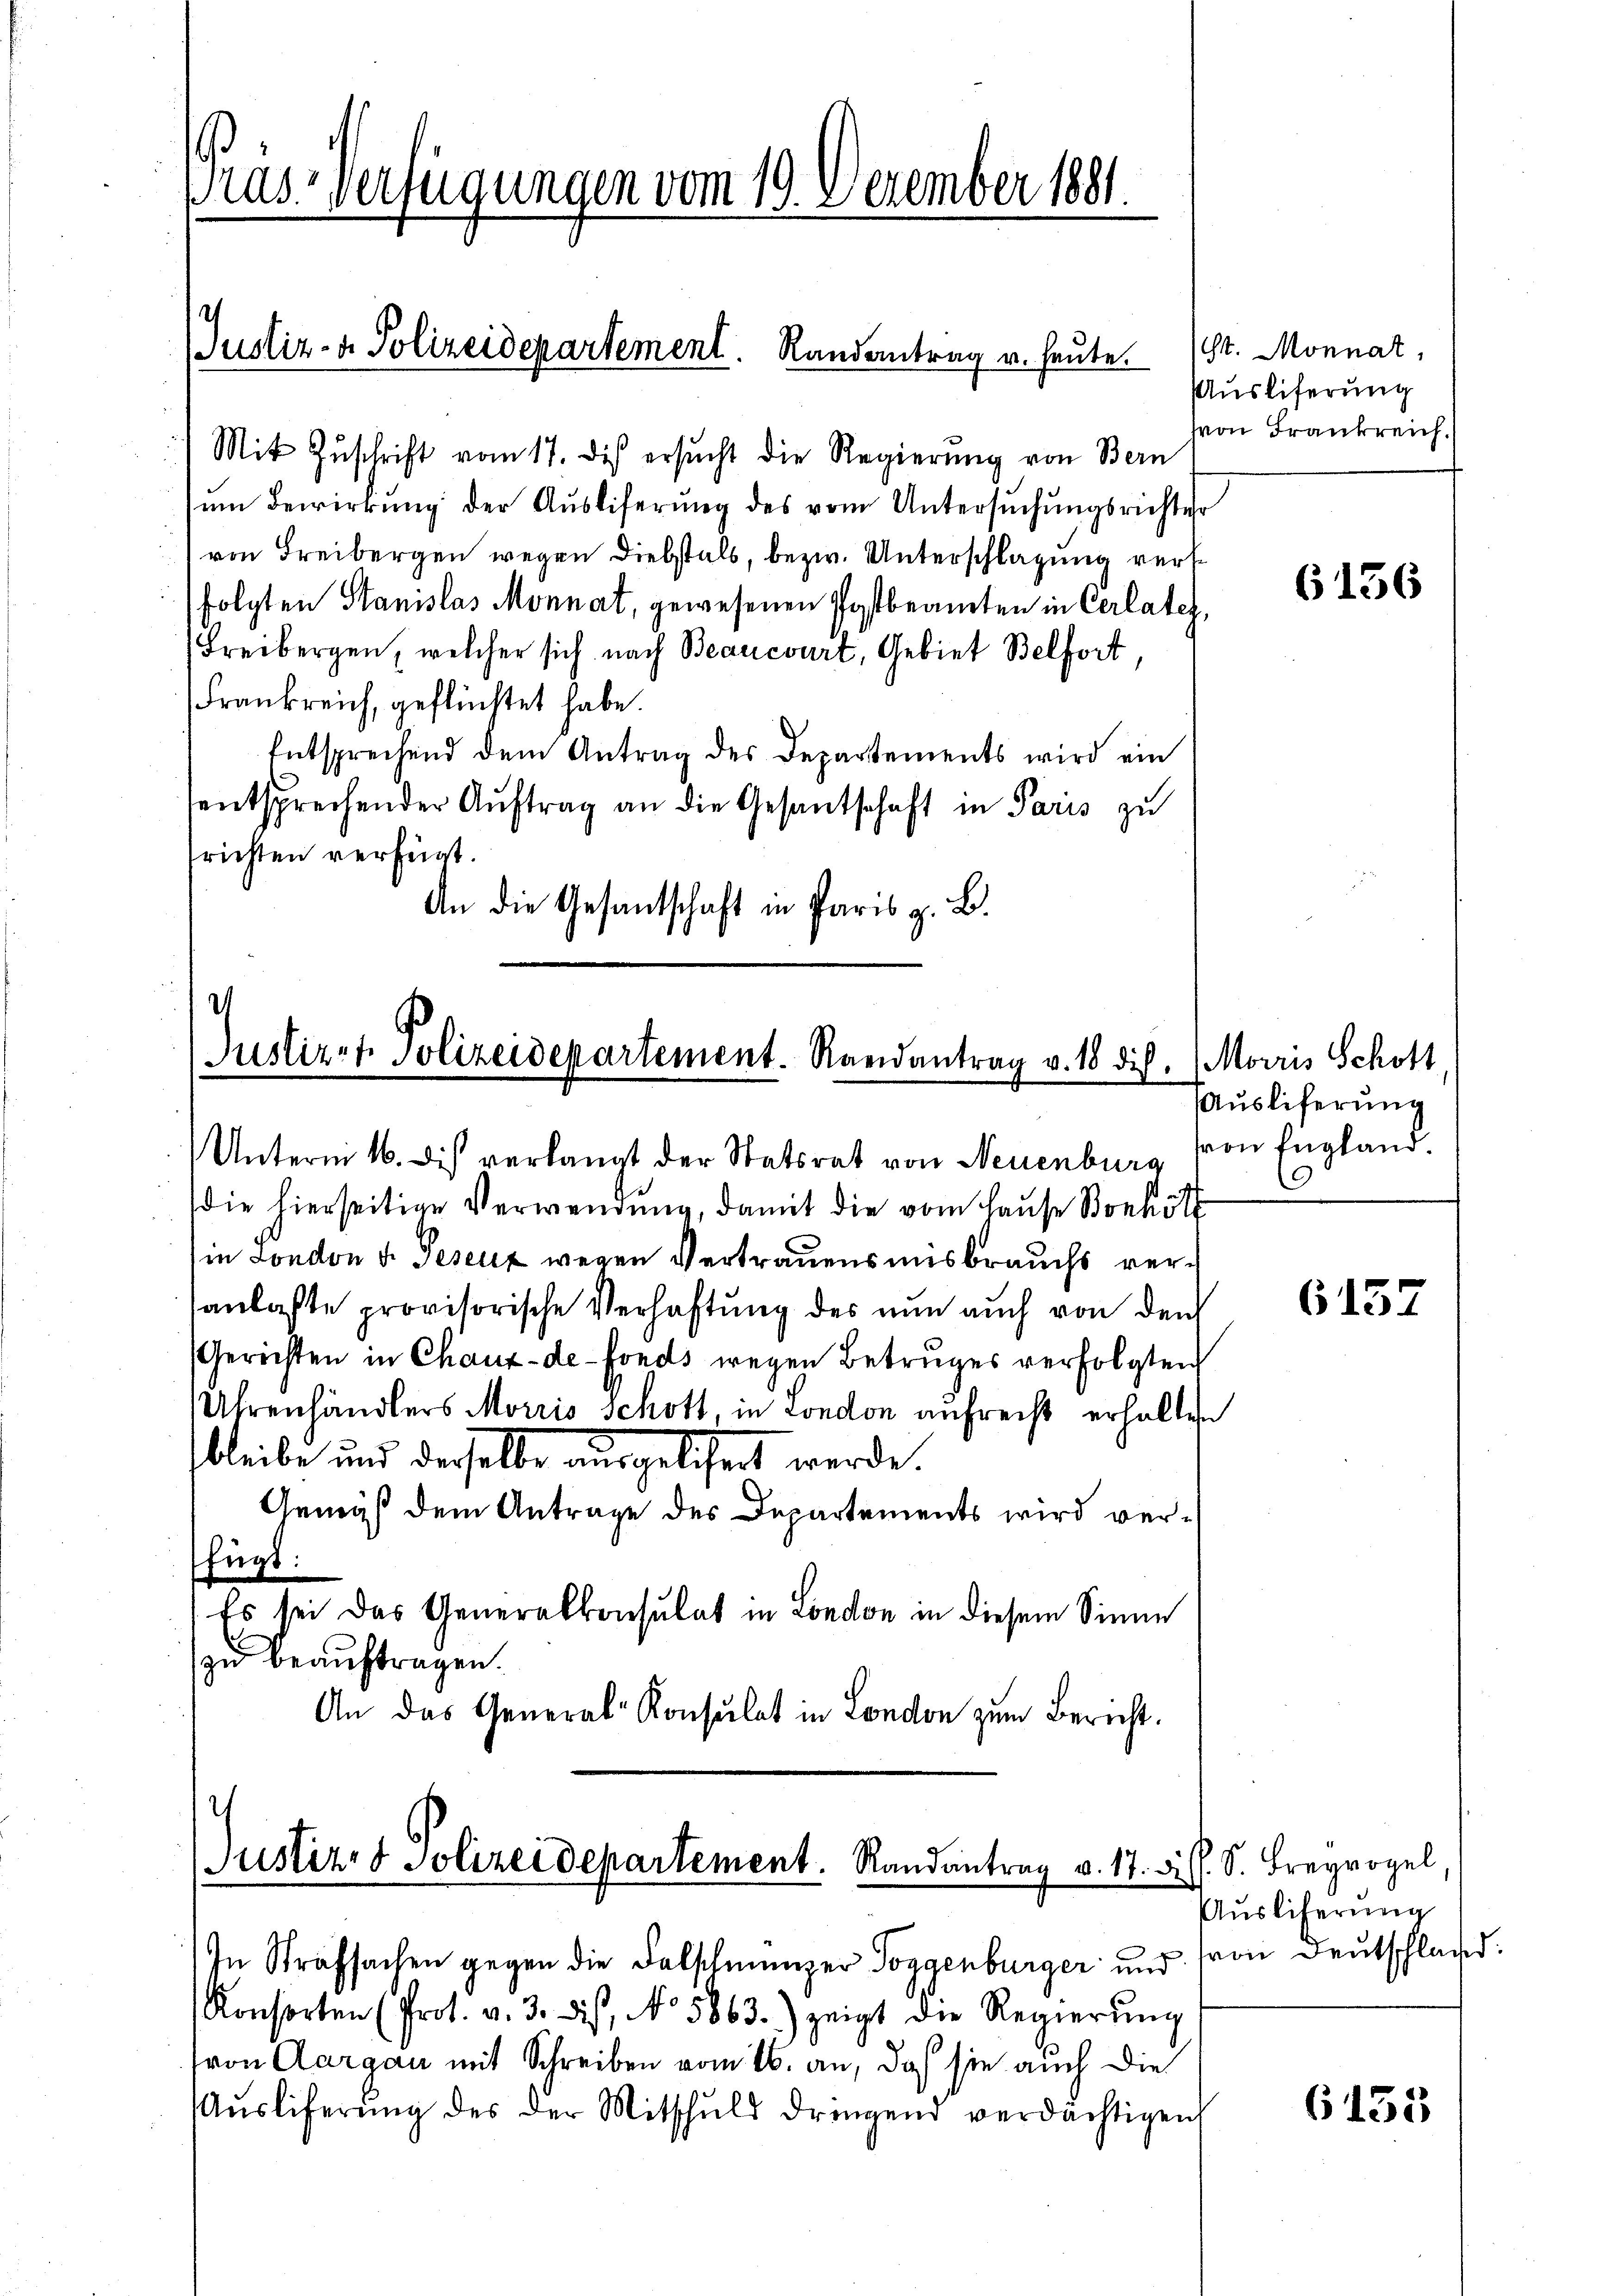
Pras-Verfügungen vom 19. Dezember 1881.

Mit Zuschrift vom 17. Dies ersucht die Regierung von Bern
um Bewirkung der Auslieferung des vom Untersuchungsrichter
von Freibergen wegen Diebstals, bezw. Unterschlagung versfolgten Stanislas Monnat, gewesenen Postbeamten in Cerlates,
Freibergen, welcher sich nach Beaucourt, Gebiet Belfort,
Frankreich, geflüchtet habe.
Entsprechend dem Antrag des Departements wird ein
entsprechender Auftrag an die Gesantschaft in Paris zu
srichten verfügt.
An die Gesandtschaft in Paris z. B.

Justiz- & Polizeidepartement. Randantrag u. heute.

d
Justiz- & Polizeidepartement. Randantrag v. 18 die. (Morris Schott

Justiz- & Polizeidepartement. Randantrag v. 17. Diss. S. Freyvogel
In Strafsachen gegen die Falschmünzer Toggenbürger und von Deutschland.

Unterm 16. dies verlangt der Statsrat von Neuenburg von England.
die hierseitige Verwendung, damit die vom Hause Bonhött
in London d. Gesetz wegen Vertrauensmisbrauchs versanlaßte provisorische Verhaftung des nun auch von den
Gerichten in Chaux-de-Fonds wegen Betruges verfolgten
Uhrenhändlers Morris Schott in London aufrecht erhalten
bleibe und derselbe ausgelehrt werde.
Gemäß dem Antrage des Departements wird verfügt:
Es sei das Generalkonsulat in London in diesem Sinne
zu beauftragen.
An das General-Konsulat in London zum Bericht.

St. Monnat,
Auslieferung
hvon Frankreich.

Konsorten (Prot. v. 3. dis, No 5863) zeigt die Regierŭng
(von Aargau mit Schreiben vom 16. an, daß sie auch die
Aŭsliferŭng des der Mitschuld dringend verdächtigen

6156

Auslieferung
0

6157

Auslieferung

6155